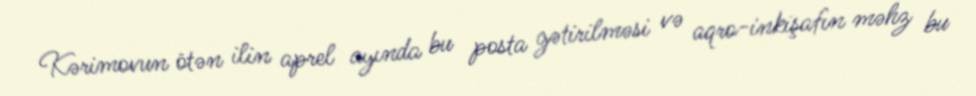
Kərimovun ötən ilin aprel ayında bu posta gətirilməsi və aqro-inkişafın məhz bu